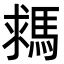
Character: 𩣗